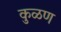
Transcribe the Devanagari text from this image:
कुळण